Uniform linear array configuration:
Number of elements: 32
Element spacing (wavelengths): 0.25
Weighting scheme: cosine
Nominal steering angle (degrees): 60
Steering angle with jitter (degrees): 58.377
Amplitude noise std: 0.05
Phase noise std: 0.05

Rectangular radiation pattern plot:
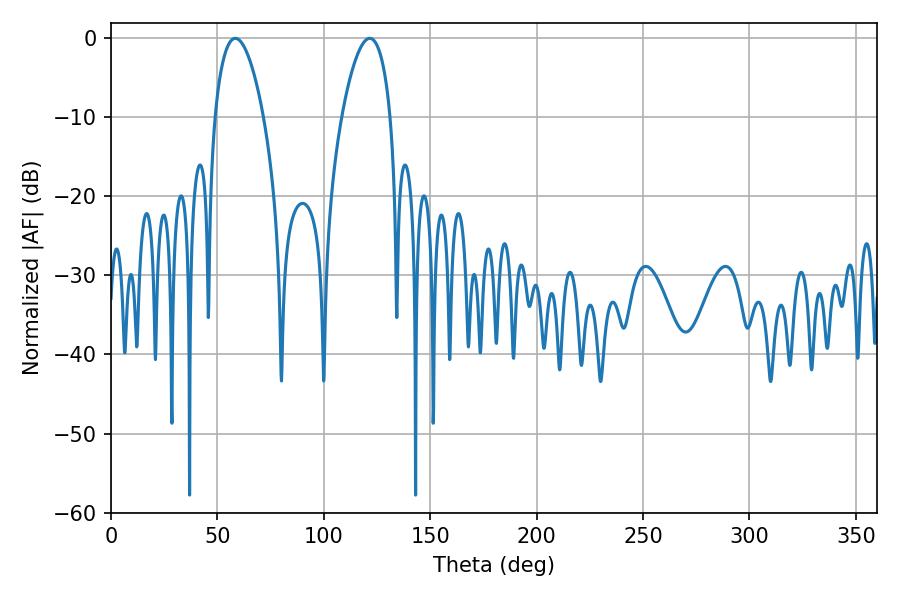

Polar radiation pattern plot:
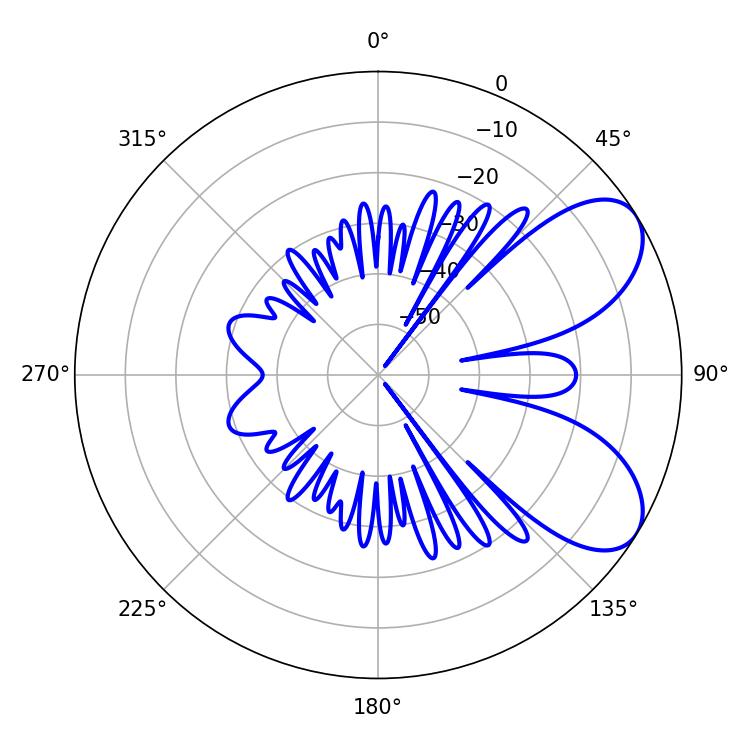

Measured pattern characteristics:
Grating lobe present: FALSE
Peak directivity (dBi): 6.89
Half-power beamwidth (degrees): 12.78
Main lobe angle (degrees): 58.5